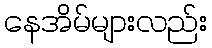
နေအိမ်များလည်း